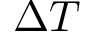
\Delta T